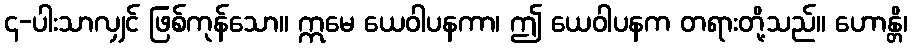
၄-ပါးသာလျှင် ဖြစ်ကုန်သော။ ဣမေ ယေဝါပနကာ၊ ဤ ယေဝါပနက တရားတို့သည်။ ဟောန္တိ၊